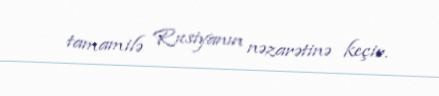
tamamilə Rusiyanın nəzarətinə keçir.